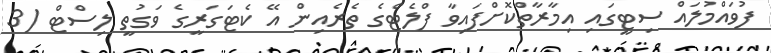
ފުވައްމުލައް ސިޓީގައި އިމާރާތްކޮށްފައިވާ ފްލެޓްގެ ތެރެއިން އޭ ކެޓަގަރީގެ ވަގުތީ ލިސްޓް (3